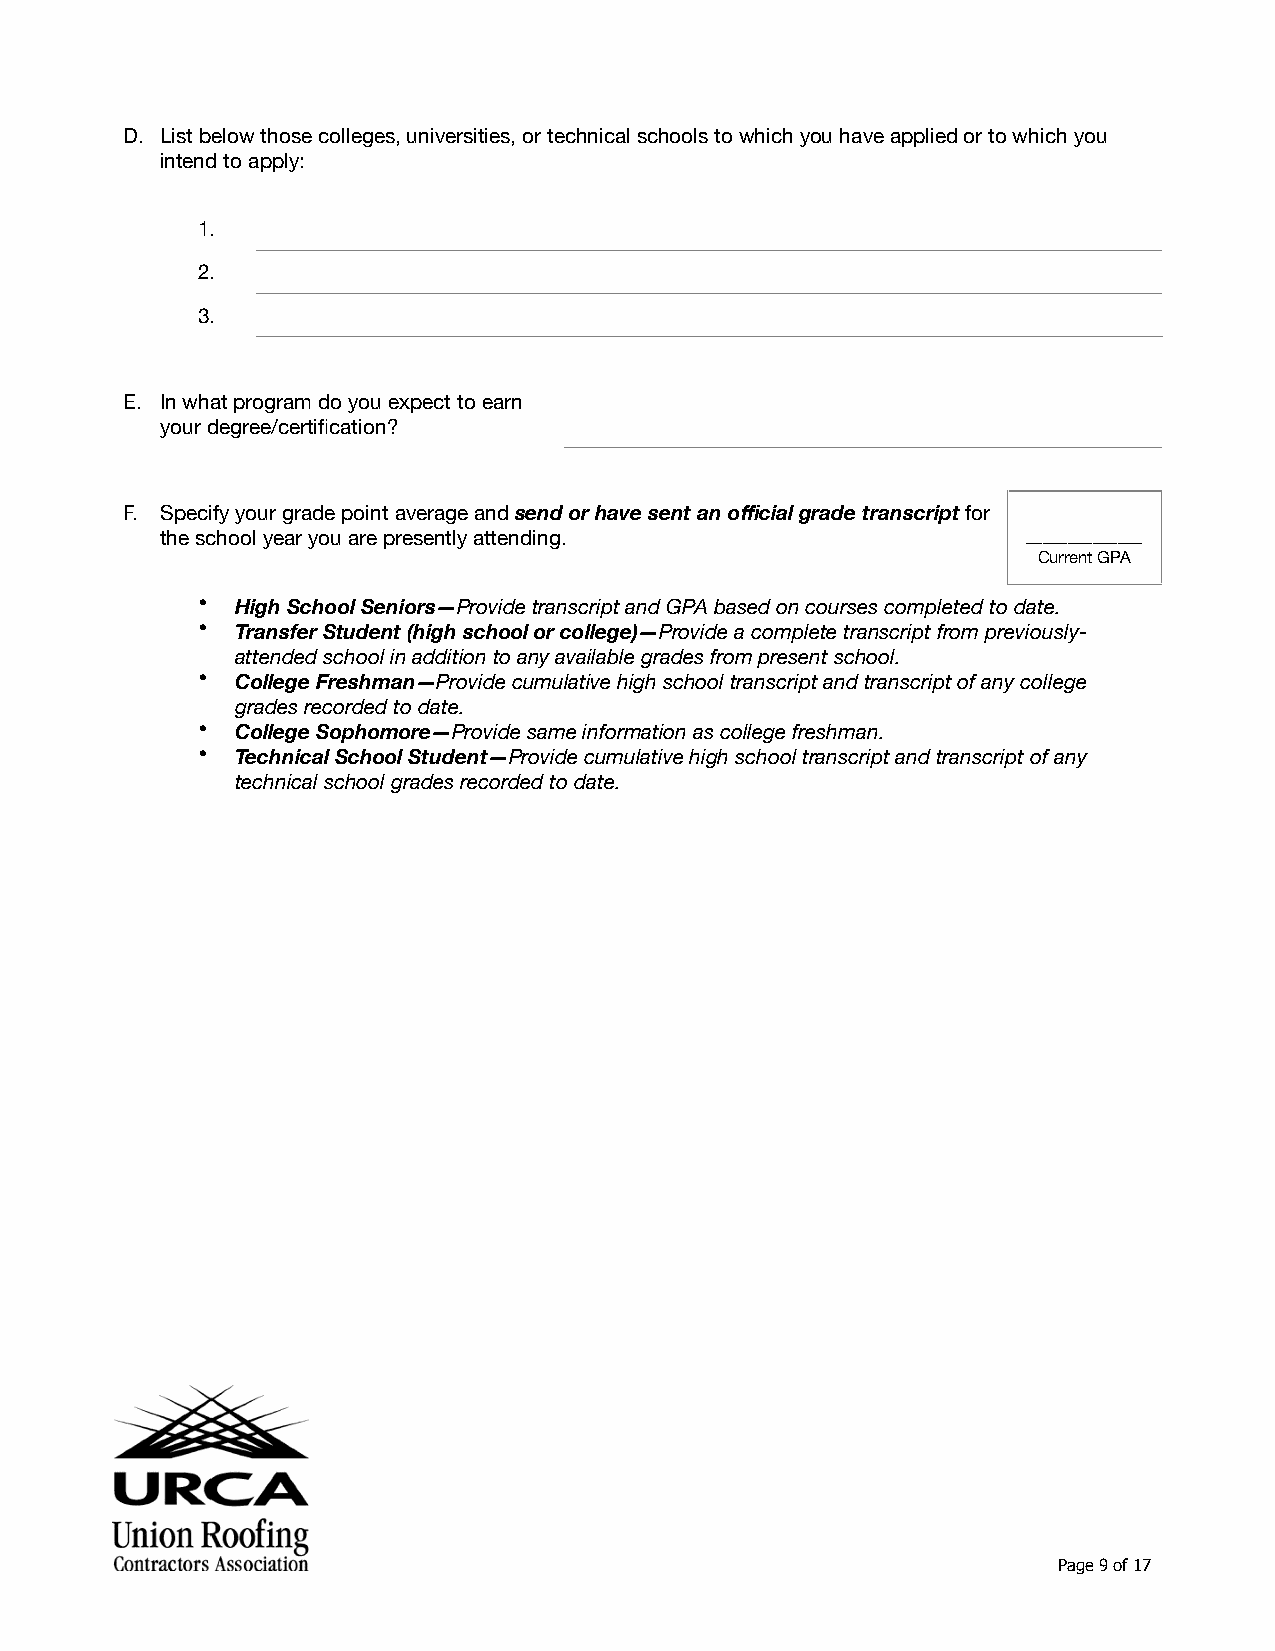
D. List below those colleges, universities, or technical schools to which you have applied or to which you
 intend to apply:
 1.
 2.
 3.
 E. In what program do you expect to earn
 your degree/certification?
 F. Specify your grade point average and send or have sent an official grade transcript for
 the school year you are presently attending.             ______________
 Current GPA
 •  High School Seniors—Provide transcript and GPA based on courses completed to date.
 •  Transfer Student (high school or college)—Provide a complete transcript from previously-
 attended school in addition to any available grades from present school.
 •  College Freshman—Provide cumulative high school transcript and transcript of any college
 grades recorded to date.
 •  College Sophomore—Provide same information as college freshman.
 •  Technical School Student—Provide cumulative high school transcript and transcript of any
 technical school grades recorded to date.
 Page 9 of 17